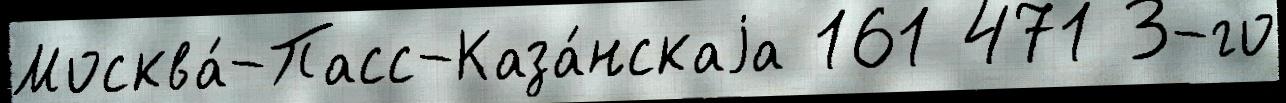
Москва́-Пасс-Каза́нскаjа 161 471 3-го